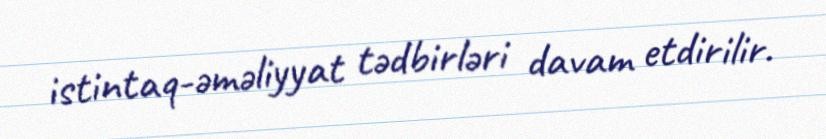
istintaq-əməliyyat tədbirləri davam etdirilir.